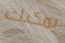
يمكنك